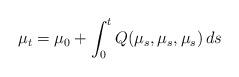
LaTeX: \begin{align*} \mu_t = \mu_0 + \int^t_0 Q(\mu_s, \mu_s, \mu_s) \, ds\end{align*}